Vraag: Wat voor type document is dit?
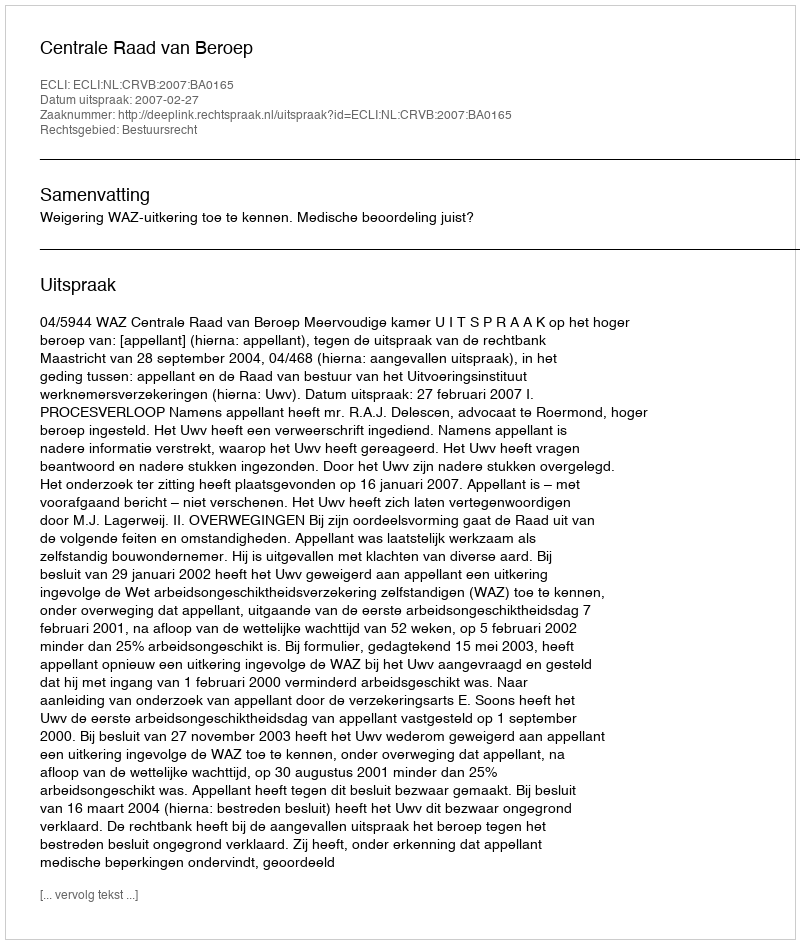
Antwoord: Uitspraak